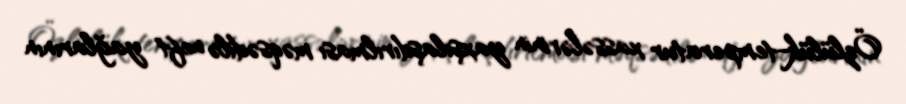
Özlülük-temperatur xassələrinin yaxşılaşdırılması məqsədilə neft yağlarının